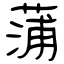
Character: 蒲